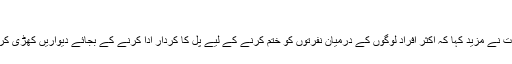
‘
مہوش حیات نے مزید کہا کہ اکثر افراد لوگوں کے درمیان نفرتوں کو ختم کرنے کے لیے پل کا کردار ادا کرنے کے بجائے دیواریں کھڑی کردیتے ہیں۔